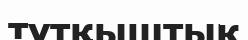
тұтқыштық